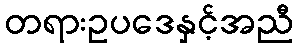
တရားဥပဒေနှင့်အညီ